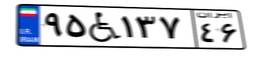
۹۵W۱۳۷۴۶